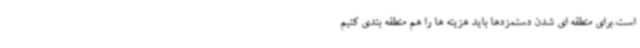
است.برای منطقه ای شدن دستمزدها باید هزینه ها را هم منطقه بندی کنیم